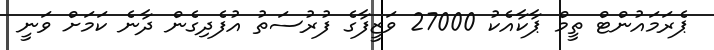
ޕެރަމައުންޓް ތީމް ޕާކާއެކު 27000 ވަޒީފާގެ ފުރުސަތު އުފެދިގެން ދާނެ ކަމަށް ވަނީ